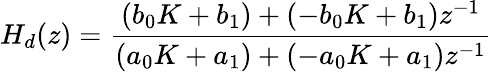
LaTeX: H_{d}(z)={\frac{(b_{0}K+b_{1})+(-b_{0}K+b_{1})z^{-1}}{(a_{0}K+a_{1})+(-a_{0}K+a_{1})z^{-1}}}